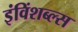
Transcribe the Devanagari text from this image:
इंविंशब्ल्स